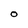
Character: O